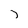
Character: j